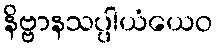
နိဗ္ဗာနသပ္ပါယံယေဝ